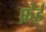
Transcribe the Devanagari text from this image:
फ़ेई